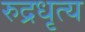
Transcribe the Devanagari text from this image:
रुद्रधृत्य